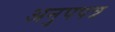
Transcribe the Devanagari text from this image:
अनुपपत्र